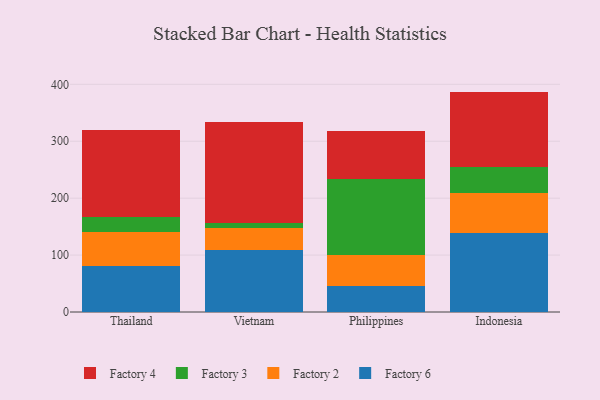
{"axis": {"x": "Country", "y": "Budget (USD K)"}, "legend": ["Factory 2", "Factory 3", "Factory 4", "Factory 6"], "data": [{"x": "Thailand", "y": 80.8, "type": "Factory 6"}, {"x": "Thailand", "y": 60.4, "type": "Factory 2"}, {"x": "Thailand", "y": 25.7, "type": "Factory 3"}, {"x": "Thailand", "y": 152.2, "type": "Factory 4"}, {"x": "Vietnam", "y": 108.6, "type": "Factory 6"}, {"x": "Vietnam", "y": 39.8, "type": "Factory 2"}, {"x": "Vietnam", "y": 7.7, "type": "Factory 3"}, {"x": "Vietnam", "y": 177.7, "type": "Factory 4"}, {"x": "Philippines", "y": 45.5, "type": "Factory 6"}, {"x": "Philippines", "y": 55.0, "type": "Factory 2"}, {"x": "Philippines", "y": 133.0, "type": "Factory 3"}, {"x": "Philippines", "y": 84.0, "type": "Factory 4"}, {"x": "Indonesia", "y": 138.0, "type": "Factory 6"}, {"x": "Indonesia", "y": 70.8, "type": "Factory 2"}, {"x": "Indonesia", "y": 46.1, "type": "Factory 3"}, {"x": "Indonesia", "y": 132.3, "type": "Factory 4"}]}